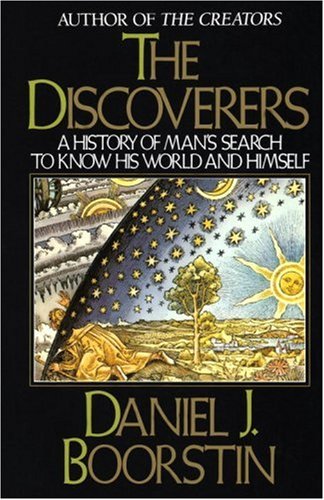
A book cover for The Discoverers; Daniel J. Boorstin; History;